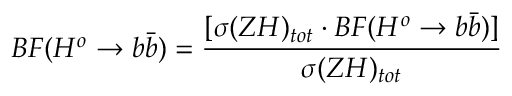
B F ( H ^ { o } \rightarrow b \bar { b } ) = \frac { [ \sigma ( Z H ) _ { t o t } \cdot B F ( H ^ { o } \rightarrow b \bar { b } ) ] } { \sigma ( Z H ) _ { t o t } }